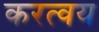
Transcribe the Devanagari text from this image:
करत्वय